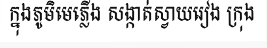
ក្នុងភូមិមេភ្លើង សង្កាត់ស្វាយរៀង ក្រុង